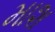
માશ